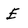
Character: E